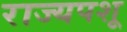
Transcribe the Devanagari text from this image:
राज्यपशू